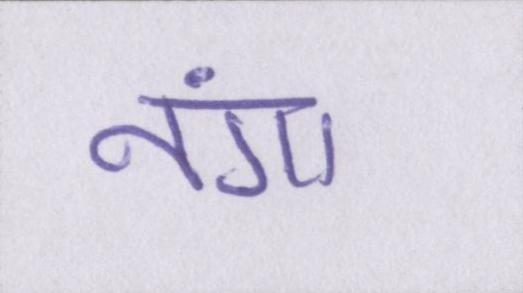
नंगा